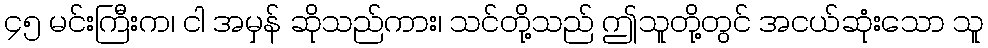
၄၅ မင်းကြီးက၊ ငါ အမှန် ဆိုသည်ကား၊ သင်တို့သည် ဤသူတို့တွင် အငယ်ဆုံးသော သူ